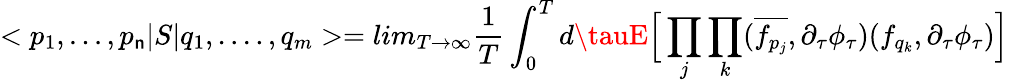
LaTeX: <p_{1},...,p_{\mathsf{n}}|S|q_{1},....,q_{m}>=lim_{T\rightarrow\infty}\frac{{1}}{{T}}\int_{0}^{T}d\tauE\Big[\prod_{j}\prod_{k}(\overline{{{{f_{p_{j}}}}}},\partial_{\tau}\phi_{\tau})(f_{q_{k}},\partial_{\tau}\phi_{\tau})\Big]